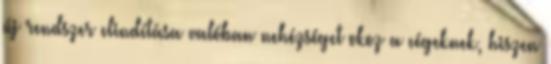
új rendszer elindítása valóban nehézséget okoz a cégeknek, hiszen